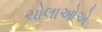
ચોલાઓએ